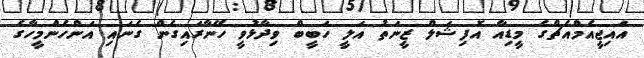
އައިޖީއެމްއެޗްގެ މީޑިއާ އޮފިޝަލް ޒީނަތު އަލީ ހަބީބް ވިދާޅުވީ ހޭނާރައިގެން ގެނައި އަންހެންމީހާގެ